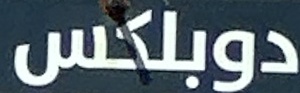
دوبلكس